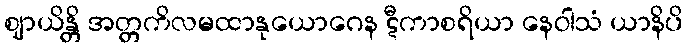
ဈာယိန္တိ အတ္တကိလမထာနုယောဂေန ဋီကာစရိယာ နေဝါသံ ယာနိပိ